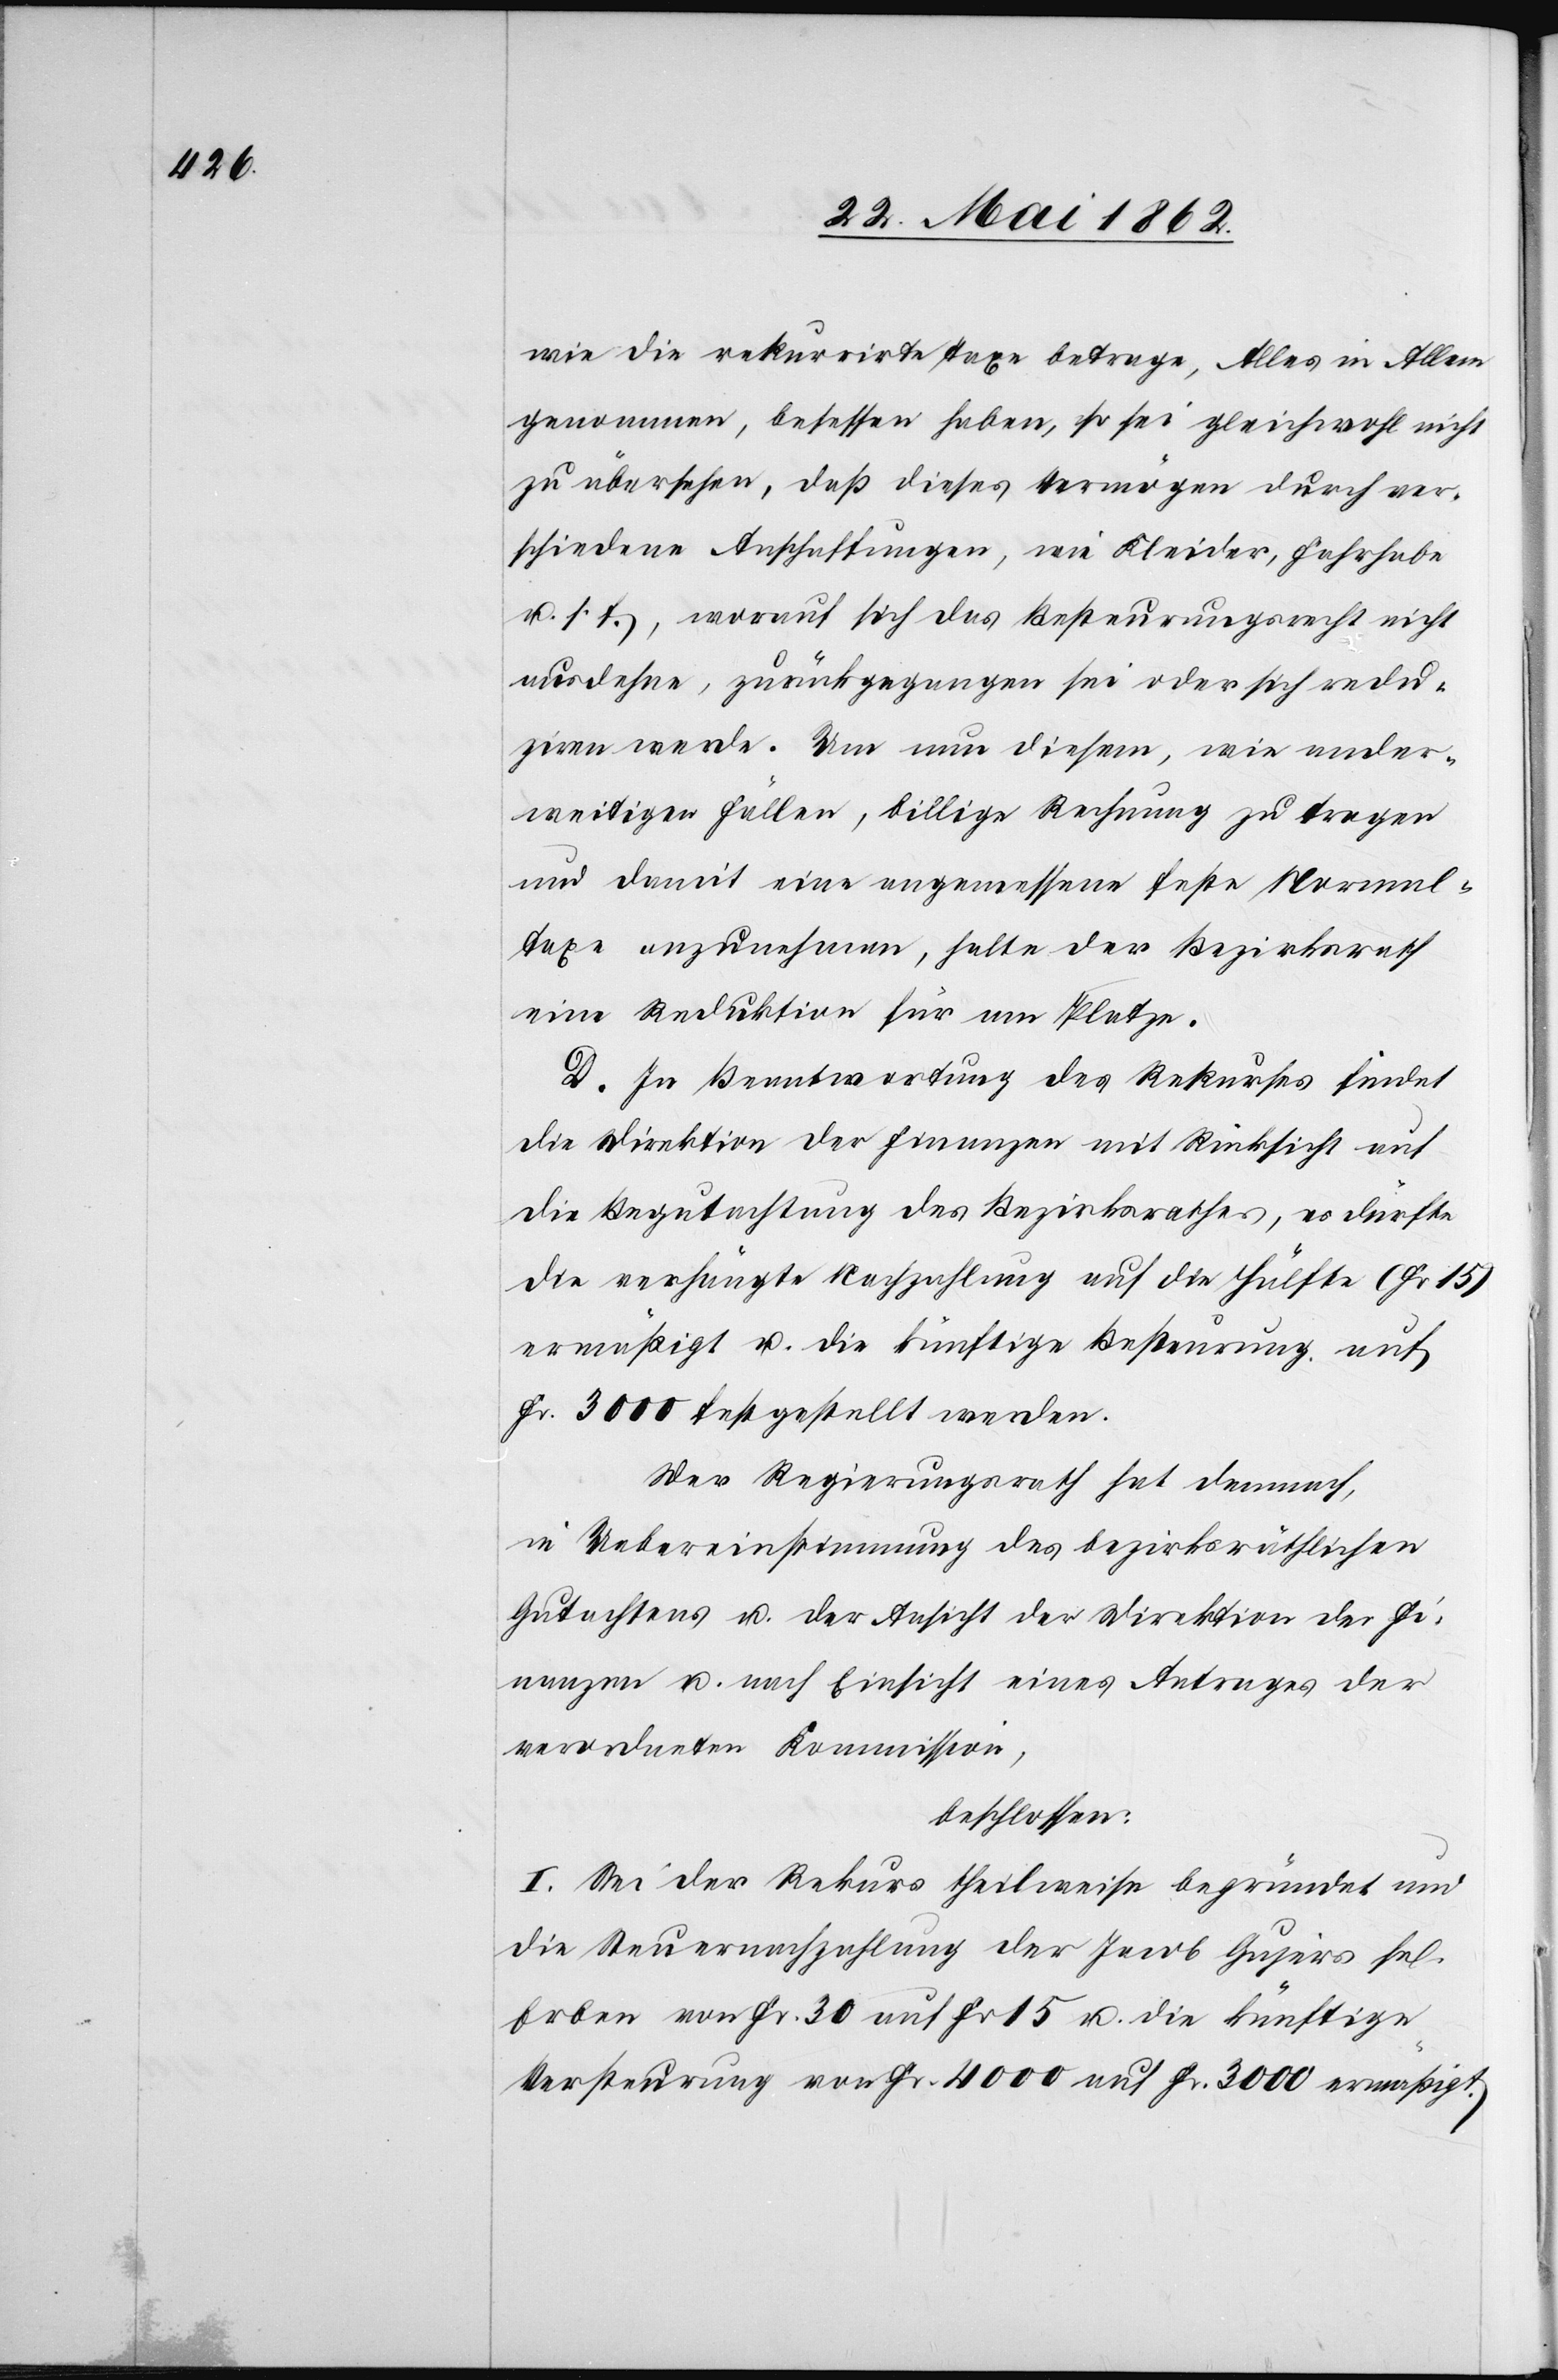
wie die rekurrirte Taxe betrage, Alles in Allem
genommen, besessen haben, so sei gleichwohl nicht
zu übersehen, daß dieses Vermögen durch ver¬
schiedene Anschaffungen, wie Kleider, Fahrhabe
u. s. f., worauf sich das Besteurungsrecht nicht
ausdehne, zurückgegangen sei oder sich redu¬
ziren werde. Um nun diesem, wie ander¬
weitigen Fällen, billige Rechnung zu tragen
und damit eine angemessene feste Normal¬
taxe anzunehmen, halte der Bezirksrath
eine Reduktion für am Platze.
D. In Beantwortung des Rekurses findet
die Direktion der Finanzen mit Rücksicht auf
die Begutachtung des Bezirksrathes, es dürfte
die verhängte Nachzahlung auf die Hälfte (Fr.
ermäßigt u. die künftige Besteurung auf
Fr. 3000 festgestellt werden.
Der Regierungsrath hat demnach,
in Uebereinstimmung des bezirksräthlichen
Gutachtens u. der Ansicht der Direktion der Fi¬
nanzen u. nach Einsicht eines Antrages der
verordneten Kommission,
beschlossen:
I. Sei der Rekurs theilweise begründet und
die Steuernachzahlung der Jacob Gujers sel.
Erben von Fr. 30 auf Fr. 15 u. die künftige
Versteurung von Fr. 4000 auf Fr. 3000 ermäßigt.